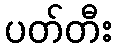
ပတ်တီး